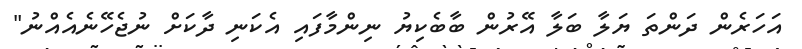
އަހަރެން ދަންތަ ޔަލާ ބަލާ އޭރުން ބާބެކިޔު ނިންމާފައި އެކަނި ދާކަށް ނުޖެހޭނެއެއްނު"